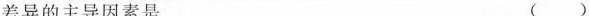
差异的主导因素是 ()